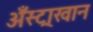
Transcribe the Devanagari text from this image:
अँस्ट्राखान